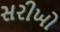
સરીખો